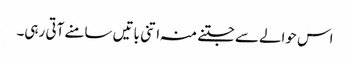
اس حوالےسے جتنے منہ اتنی باتیں سامنے آتی رہی۔